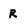
Character: R